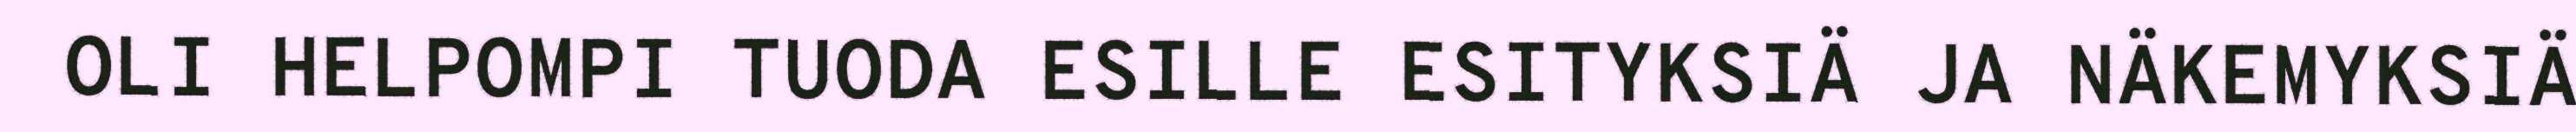
OLI HELPOMPI TUODA ESILLE ESITYKSIÄ JA NÄKEMYKSIÄ